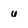
Character: u